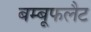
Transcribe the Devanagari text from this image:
बम्बूफलैट